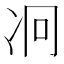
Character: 𠖷